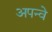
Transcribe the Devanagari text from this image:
अपन्वे